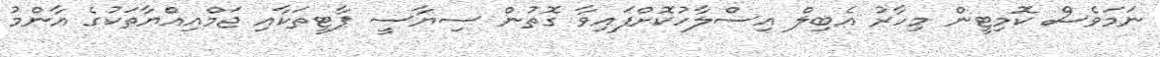
ނަމަވެސް ކޮމިޓީން މިހާރު އެބިލް އިސްލާހުކޮށްފައިވާ ގޮތުން ސިޔާސީ ޕާޓީތަކާއި ޖަމްއިއްޔާތަކުގެ އާންމު